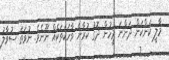
މާލީ ކަންކަން ދަންނަ މީހުން ދޮގު ކުރާނެ ވާހަކަތަކެއް ނޫނެވެ. ނުވަތަ ސުވާލު